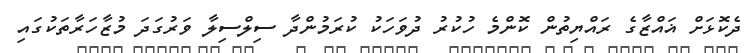
ދެކޮޅަށް ޣައްޒާގެ ރައްޔިތުން ކޮންމެ ހުކުރު ދުވަހަކު ކުރަމުންދާ ސިލްސިލާ ވަރުގަދަ މުޒާހަރާތަކުގައި